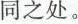
同之处。